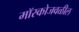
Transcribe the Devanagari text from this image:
मॉस्कोजवळील